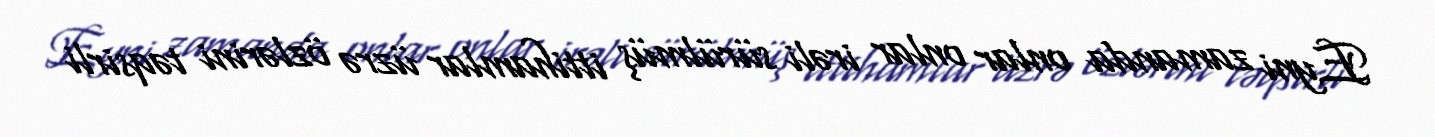
Eyni zamanda onlar onlar irəli sürülmüş ittihamlar üzrə özlərini təqsirli